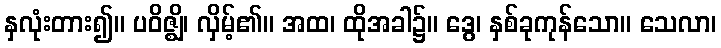
နှလုံးတား၍။ ပဝိဇ္ဈိ၊ လှိမ့်၏။ အထ၊ ထိုအခါ၌။ ဒွေ၊ နှစ်ခုကုန်သော။ သေလာ၊